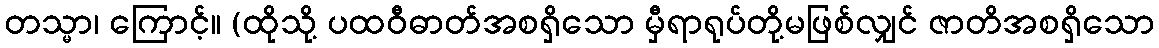
တသ္မာ၊ ကြောင့်။ (ထိုသို့ ပထဝီဓာတ်အစရှိသော မှီရာရုပ်တို့မဖြစ်လျှင် ဇာတိအစရှိသော